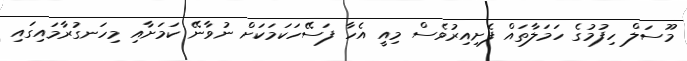
މޫސަލް ހިފުމުގެ ހަމަލާތައް ފެށިއިރުވެސް މިއީ އެހާ ފަސޭހަކަމަކަށް ނުވާނޭ ކަމަށާއި މިހަނގުރާމައިގައި